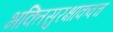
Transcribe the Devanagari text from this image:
भक्तिसुरक्षाकवच